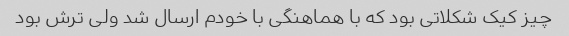
چیز کیک شکلاتی بود که با هماهنگی با خودم ارسال شد ولی ترش بود